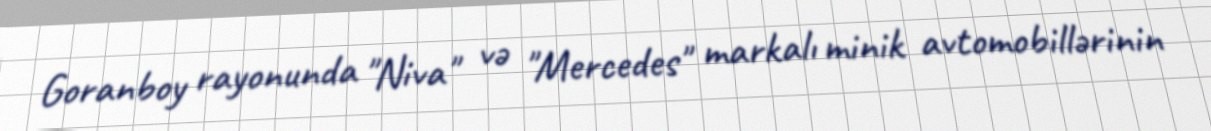
Goranboy rayonunda "Niva" və "Mercedes" markalı minik avtomobillərinin